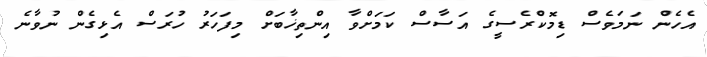
އެހެން ނަމަވެސް ޑިމޮކްރެސީގެ އަސާސް ކަމަށްވާ އިންތިޚާބަށް މިފަހަރު ހުރަސް އެޅިގެން ނުވާނެ